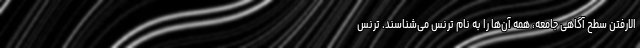
الارفتن سطح آگاهی جامعه، همه آن‌ها را به نام ترنس می‌شناسند. ترنس